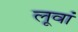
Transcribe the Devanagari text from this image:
लूवां